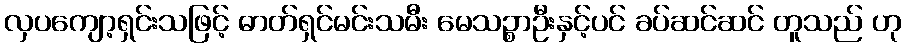
လှပကျော့ရှင်းသဖြင့် ဓာတ်ရှင်မင်းသမီး မေသဉ္စာဦးနှင့်ပင် ခပ်ဆင်ဆင် တူသည် ဟု